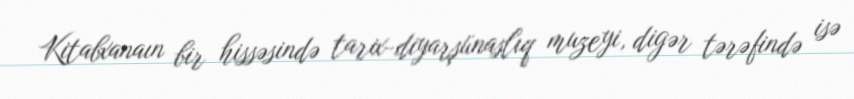
Kitabxanaın bir hissəsində tarix-diyarşünaslıq muzeyi, digər tərəfində isə